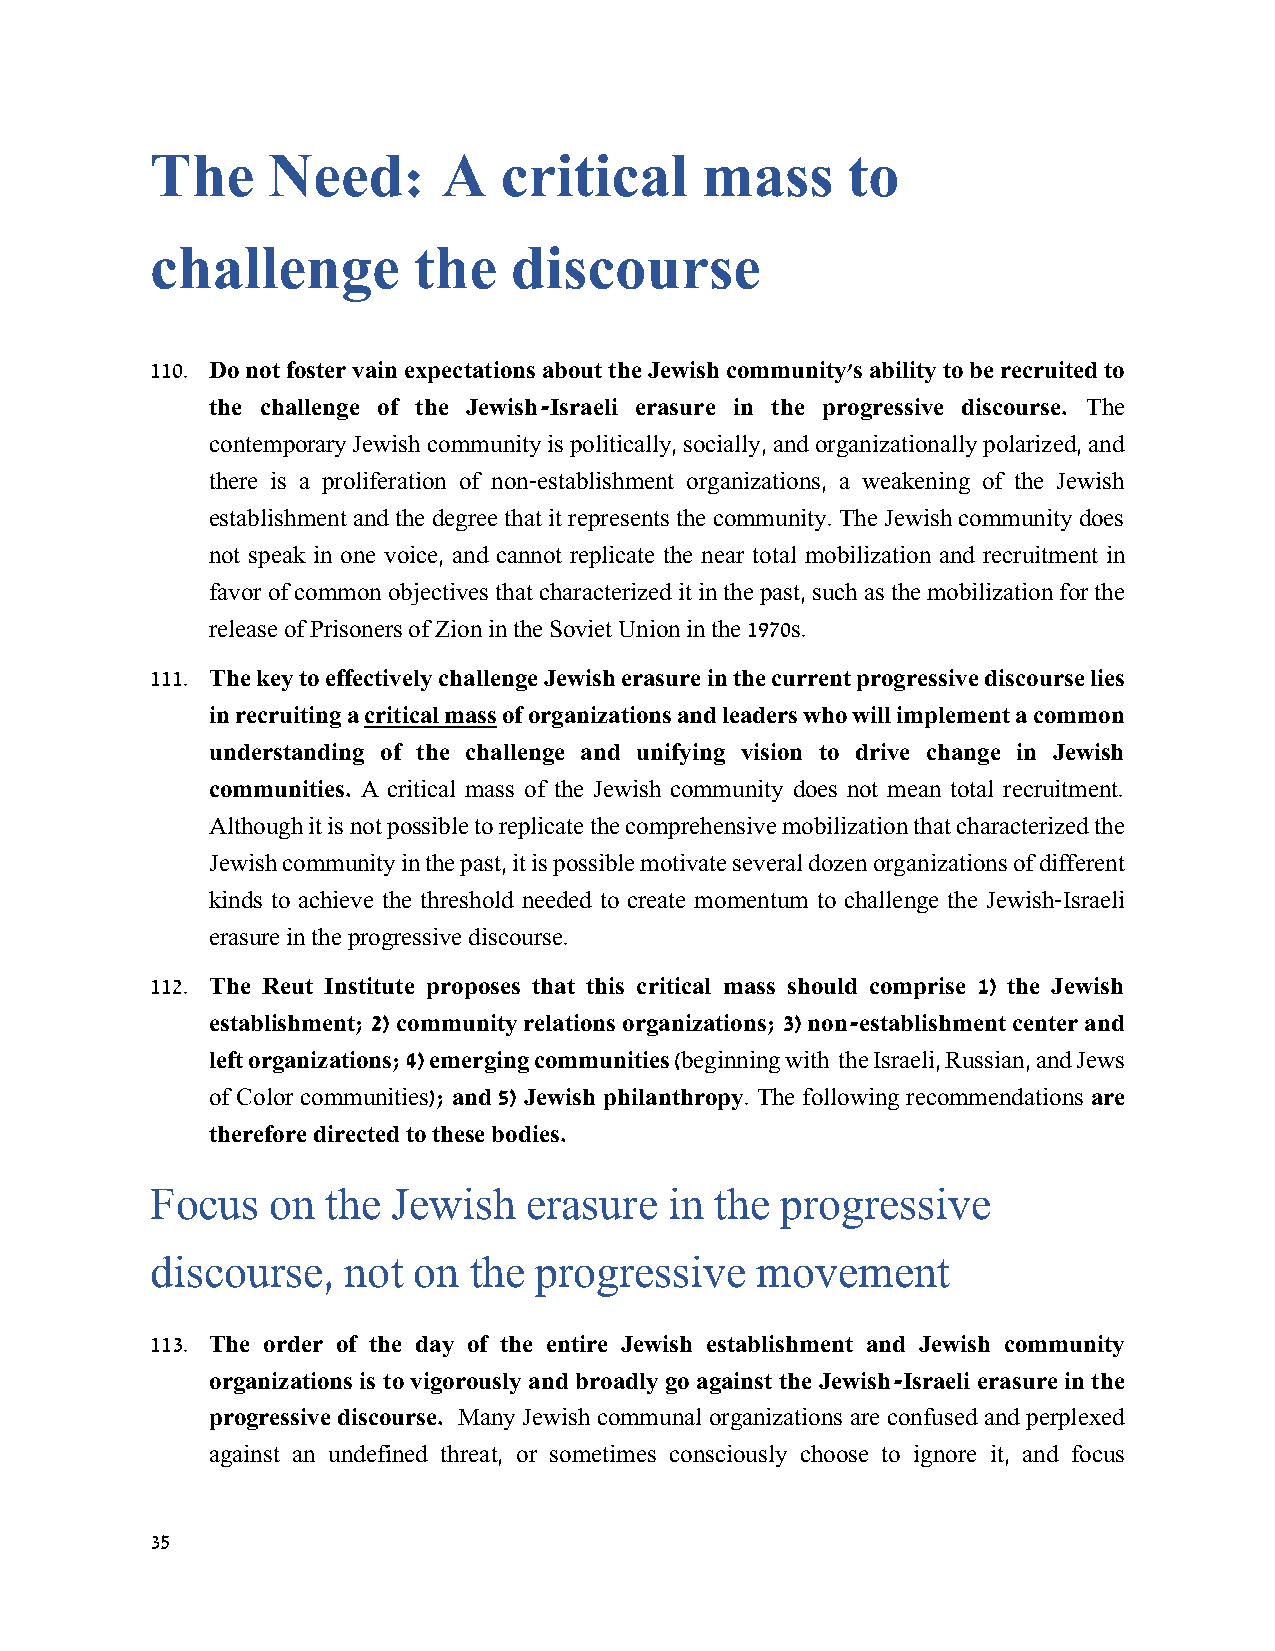
The     Need:      A   critical     mass      to
 challenge        the    discourse
 110. Do not foster vain expectations about the Jewish community's ability to be recruited to
 the challenge of the Jewish-Israeli erasure in the progressive discourse. The
 contemporary Jewish community is politically, socially, and organizationally polarized, and
 there is a proliferation of non-establishment organizations, a weakening of the Jewish
 establishment and the degree that it represents the community. The Jewish community does
 not speak in one voice, and cannot replicate the near total mobilization and recruitment in
 favor of common objectives that characterized it in the past, such as the mobilization for the
 release of Prisoners of Zion in the Soviet Union in the 1970s.
 111. The key to effectively challenge Jewish erasure in the current progressive discourse lies
 in recruiting a critical mass of organizations and leaders who will implement a common
 understanding of the challenge and unifying vision to drive change in Jewish
 communities. A critical mass of the Jewish community does not mean total recruitment.
 Although it is not possible to replicate the comprehensive mobilization that characterized the
 Jewish community in the past, it is possible motivate several dozen organizations of different
 kinds to achieve the threshold needed to create momentum to challenge the Jewish-Israeli
 erasure in the progressive discourse.
 112. The Reut Institute proposes that this critical mass should comprise 1) the Jewish
 establishment; 2) community relations organizations; 3) non-establishment center and
 left organizations; 4) emerging communities (beginning with the Israeli, Russian, and Jews
 of Color communities); and 5) Jewish philanthropy. The following recommendations are
 therefore directed to these bodies.
 Focus   on  the Jewish   erasure  in the  progressive
 discourse,   not on  the progressive    movement
 113. The order of the day of the entire Jewish establishment and Jewish community
 organizations is to vigorously and broadly go against the Jewish-Israeli erasure in the
 progressive discourse. Many Jewish communal organizations are confused and perplexed
 against an undefined threat, or sometimes consciously choose to ignore it, and focus
 35